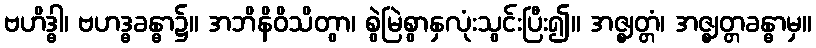
ဗဟိဒ္ဓါ၊ ဗဟဒ္ဓခန္ဓာ၌။ အဘိနိဝိသိတွာ၊ စွဲမြဲစွာနှလုံးသွင်းပြီး၍။ အဇ္ဈတ္တံ၊ အဇ္ဈတ္တခန္ဓာမှ။